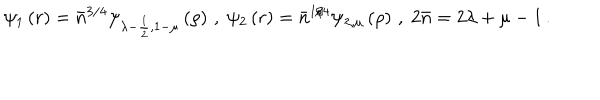
LaTeX: \psi _ { 1 } \left( r \right) = \bar { n } ^ { 3 / 4 } \psi _ { \lambda - \frac { 1 } { 2 } , 1 - \mu } \left( \rho \right) \, , \; \psi _ { 2 } \left( r \right) = \bar { n } ^ { 1 / 4 } \psi _ { \lambda , \mu } \left( \rho \right) \, , \; 2 \bar { n } = 2 \lambda + \mu - 1 \, .